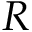
R